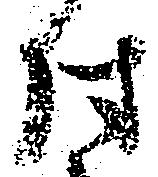
付